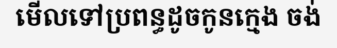
មើលទៅប្រពន្ធដូចកូនក្មេង ចង់